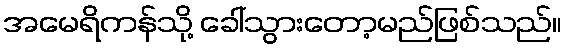
အမေရိကန်သို့ ခေါ်သွားတော့မည်ဖြစ်သည်။